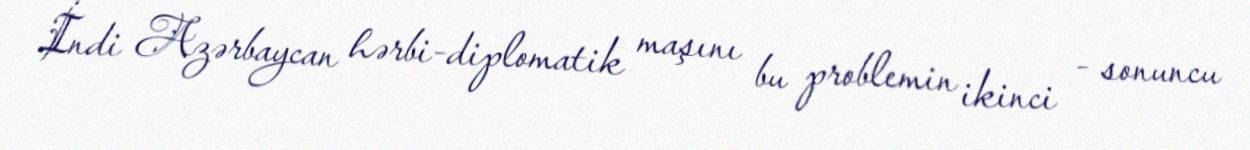
İndi Azərbaycan hərbi-diplomatik maşını bu problemin ikinci - sonuncu